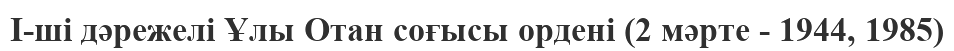
I-ші дәрежелі Ұлы Отан соғысы ордені (2 мәрте - 1944, 1985)